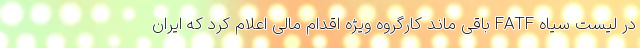
در لیست سیاه FATF باقی ماند کارگروه ویژه اقدام مالی اعلام کرد که ایران